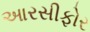
આરસીફોર